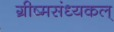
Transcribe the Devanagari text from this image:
ग्रीष्मसंध्यकल्